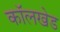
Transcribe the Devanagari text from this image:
कॉलखेड